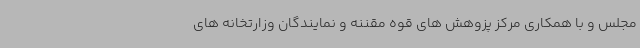
مجلس و با همکاری مرکز پزوهش های قوه مقننه و نمایندگان وزارتخانه های